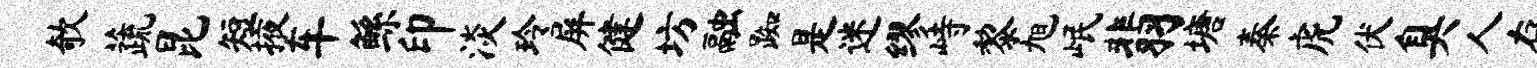
欹蔬昆短掖车鲧印淡玲屏健坊融踟是迷缪峙黎旭岷翡塘秦虎伏臭人存